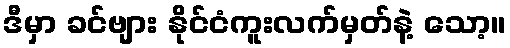
ဒီမှာ ခင်ဗျား နိုင်ငံကူးလက်မှတ်နဲ့ သော့။